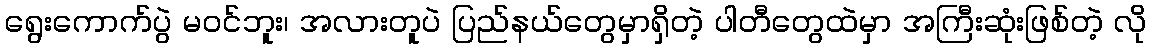
ရွေးကောက်ပွဲ မဝင်ဘူး၊ အလားတူပဲ ပြည်နယ်တွေမှာရှိတဲ့ ပါတီတွေထဲမှာ အကြီးဆုံးဖြစ်တဲ့ လို